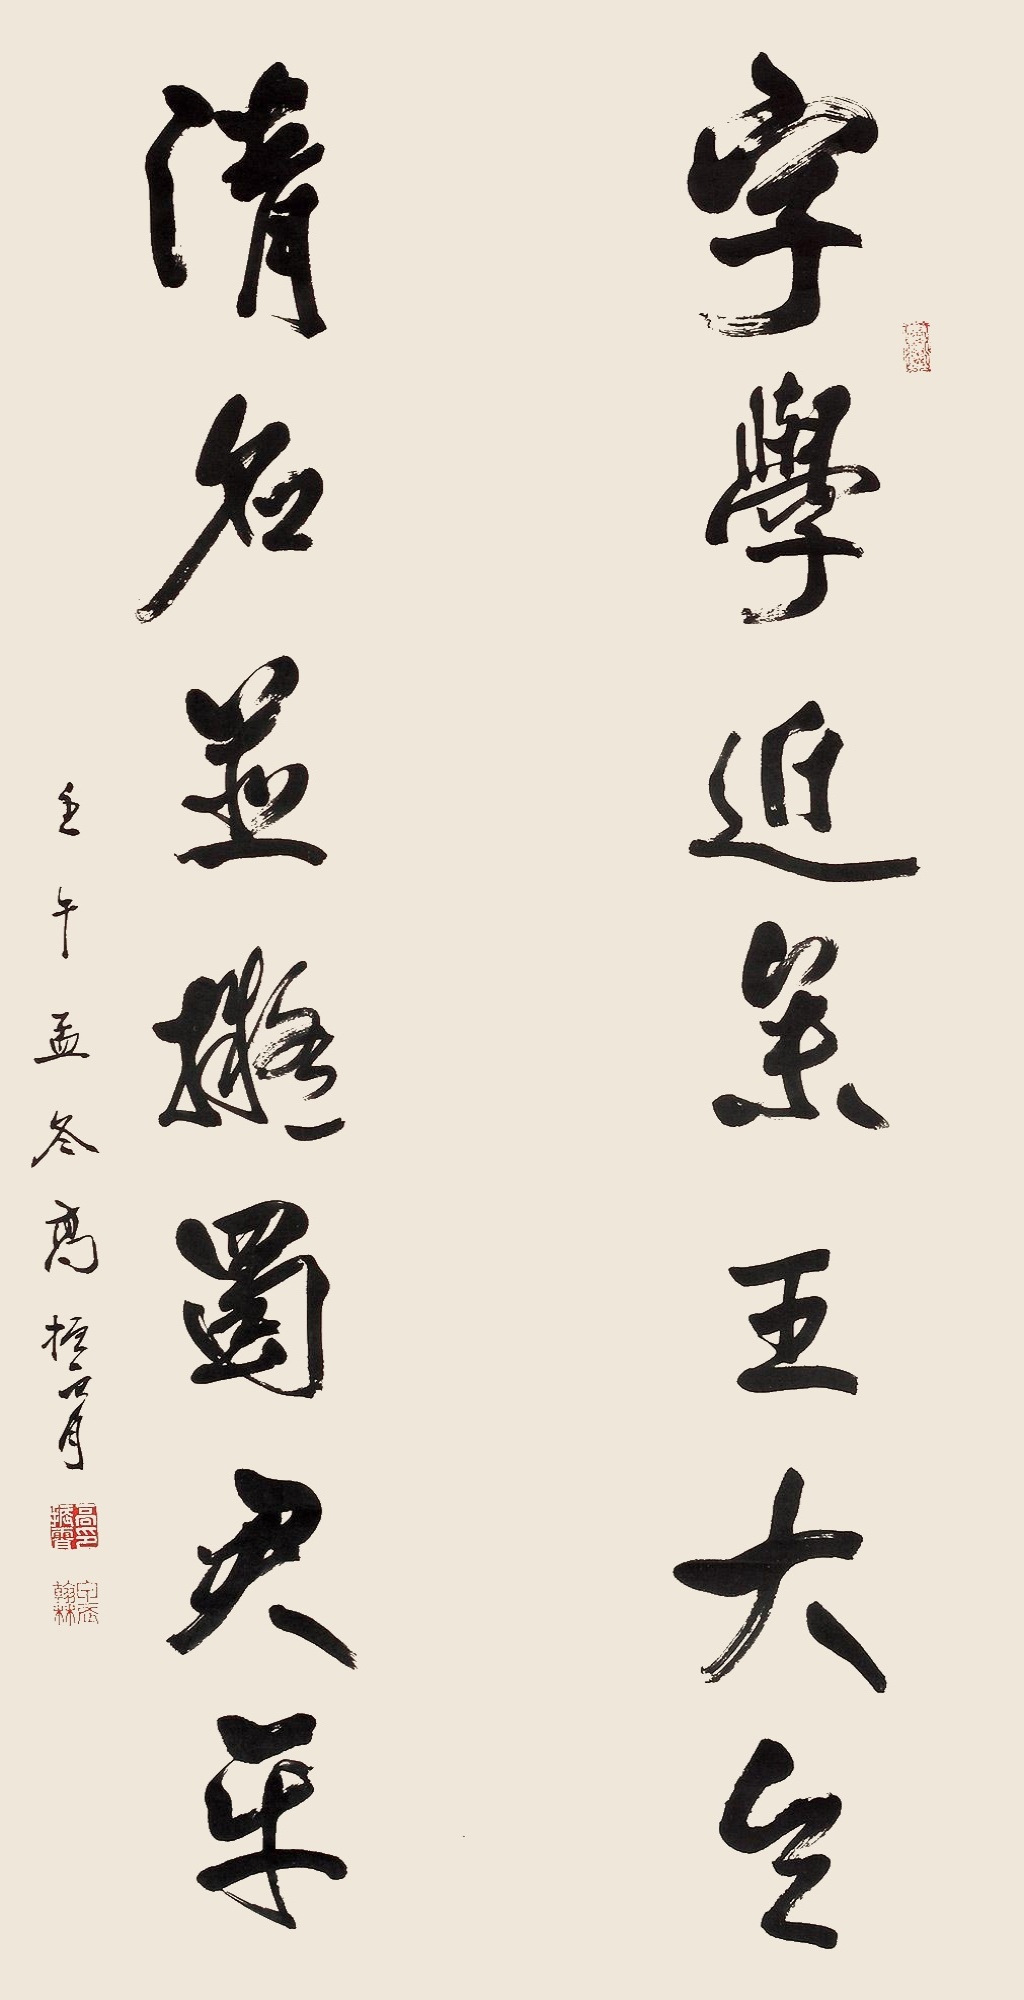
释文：字学近参王大令，清名并拟蜀君平。壬午孟冬，高振霄。